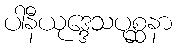
ပါနီယုဒ္ဒေသပုစ္ဆနာ